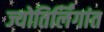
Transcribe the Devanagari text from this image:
ज्योतिर्लिंगांत